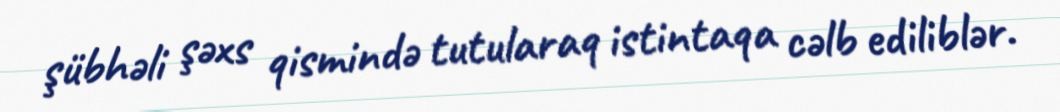
şübhəli şəxs qismində tutularaq istintaqa cəlb ediliblər.